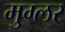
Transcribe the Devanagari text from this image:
मुग्लर